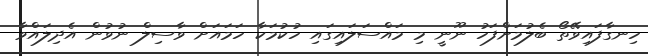
ހިނގާފައިވޭތޯ ބެލުމަށްފަހު ނޫނީ މި މައްސަލައިގައި ހުކުމަކާ ހަމައަށް ވާސިލް ނުވުން އެދިލައްވާ